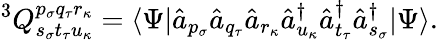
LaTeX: ^3Q_{s_{\sigma}t_{\tau}u_{\kappa}}^{p_{\sigma}q_{\tau}r_{\kappa}}=\langle\Psi|\hat{a}_{p_{\sigma}}\hat{a}_{q_{\tau}}\hat{a}_{r_{\kappa}}\hat{a}_{u_{\kappa}}^{\dagger}\hat{a}_{t_{\tau}}^{\dagger}\hat{a}_{s_{\sigma}}^{\dagger}|\Psi\rangle.